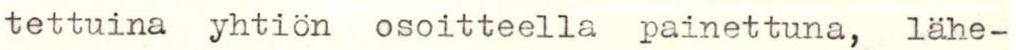
tettuina yhtiön osoitteella painettuna, lähe-